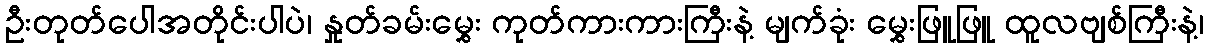
ဦးတုတ်ပေါအတိုင်းပါပဲ၊ နှုတ်ခမ်းမွှေး ကုတ်ကားကားကြီးနဲ့ မျက်ခုံး မွှေးဖြူဖြူ ထူလဗျစ်ကြီးနဲ့၊